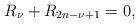
LaTeX: \begin{align*}R_\nu+R_{2n-\nu+1}=0,\end{align*}